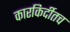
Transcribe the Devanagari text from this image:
कारकिर्दीतच